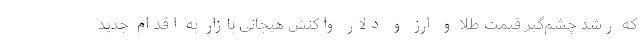
که رشد چشم‌گیر قیمت طلا و ارز و دلار واکنش هیجانی بازار به اقدام جدید